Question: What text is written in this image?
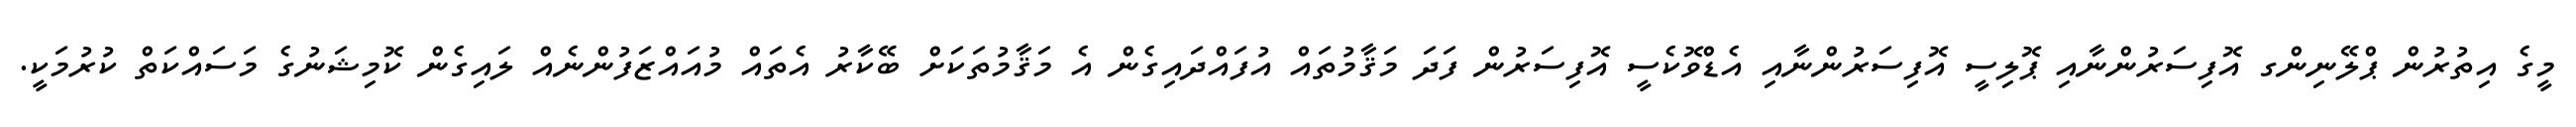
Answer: މީގެ އިތުރުން ޕްލޭނިންގ އޮފިސަރުންނާއި ޕޮލިސީ އޮފިސަރުންނާއި އެޑްވޮކެސީ އޮފިސަރުން ފަދަ މަޤާމުތައް އުފައްދައިގެން އެ މަޤާމުތަކަށް ބޭކާރު އެތައް މުއައްޒަފުންނެއް ލައިގެން ކޮމިޝަނުގެ މަސައްކަތް ކުރުމަކީ.